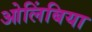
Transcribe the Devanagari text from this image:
ओलिंबिया